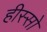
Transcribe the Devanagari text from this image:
हीस्सो